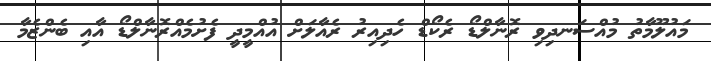
މައުލޫމާތު މުއްސަނދިވި ރޮނާލްޑޯ ރެކޯޑް ހެދިއިރު ރެއާލަށް އުއްމީދީ ފެށުމެއްރޮނާލްޑޯ އާއި ބެންޒެމާ